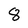
Character: 8